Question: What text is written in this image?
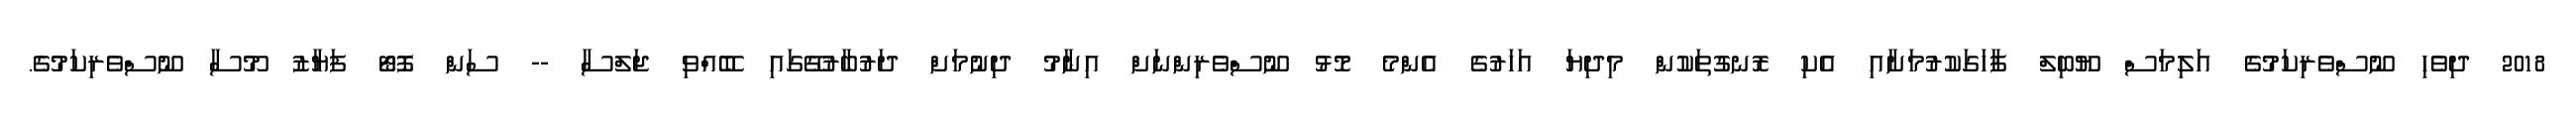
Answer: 2018 ދިވެހި ނޫސްވެރިކަމުގެ އަލިމަސް ޔޫބިލް ފާހަގަކުރުމަށާއި އެކި ރޮނގުތަކުން މިދިޔަ އަހަރުގެ އެންމެ މޮޅު ނޫސްވެރިންނަށް އިނާމު ދިނުމަށް ދަރުބާރުގޭގައި ބޭއްވި ޖަލްސާ -- ސަން ފޮޓޯ ފަޔާޒު މޫސާ ނޫސްވެރިކަމުގެ.